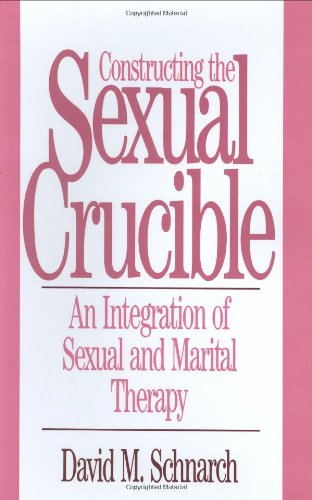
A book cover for Constructing the Sexual Crucible: An Integration of Sexual and Marital Therapy (Norton Professional Books); David Morris Schnarch; Health, Fitness & Dieting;